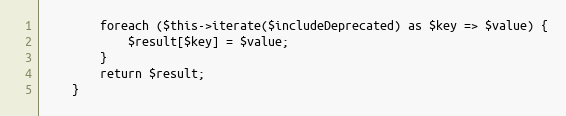
Language: PHP
        foreach ($this->iterate($includeDeprecated) as $key => $value) {
            $result[$key] = $value;
        }
        return $result;
    }